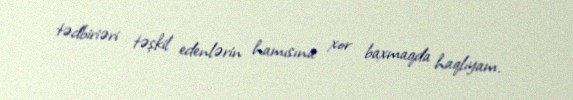
tədbiriəri təşkil edenlərin hamısına xor baxmaqda haqlıyam.